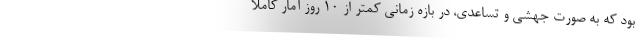
بود که به صورت جهشی و تساعدی، در بازه زمانی کمتر از ۱۰ روز آمار کاملا